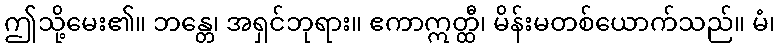
ဤသို့မေး၏။ ဘန္တေ၊ အရှင်ဘုရား။ ဧကာဣတ္ထီ၊ မိန်းမတစ်ယောက်သည်။ မံ၊